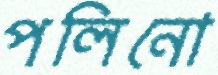
পলিনো